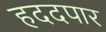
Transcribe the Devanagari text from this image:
हददपार